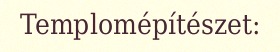
Templomépítészet: